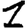
Digit: 1